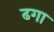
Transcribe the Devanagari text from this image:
ढगा